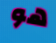
هو